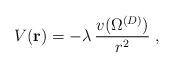
LaTeX: \begin{align*}V({\bf r})= - \lambda\,\frac{v ( \Omega^{({D})} )}{ r^{2} }\; ,\end{align*}